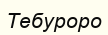
Тебуроро